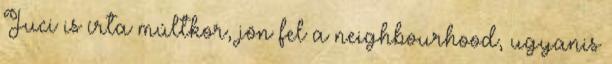
Juci is írta múltkor, jön fel a neighbourhood, ugyanis